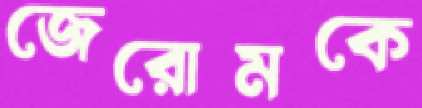
জেরোমকে